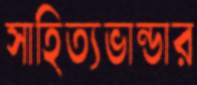
সাহিত্যভান্ডার